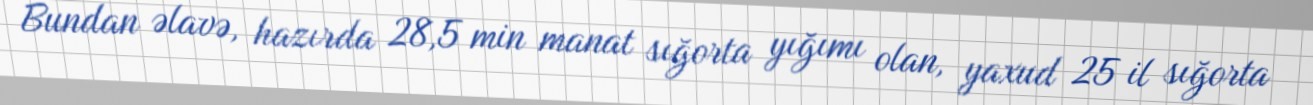
Bundan əlavə, hazırda 28,5 min manat sığorta yığımı olan, yaxud 25 il sığorta